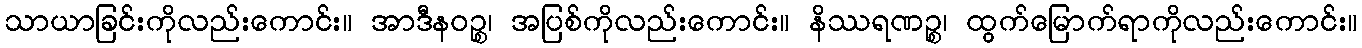
သာယာခြင်းကိုလည်းကောင်း။ အာဒီနဝဉ္စ၊ အပြစ်ကိုလည်းကောင်း။ နိဿရဏဉ္စ၊ ထွက်မြောက်ရာကိုလည်းကောင်း။